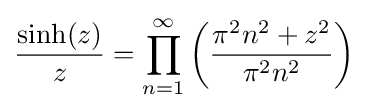
{\frac {\sinh(z)}{z}}=\prod _{n=1}^{\infty }\left({\frac {\pi ^{2}n^{2}+z^{2}}{\pi ^{2}n^{2}}}\right)